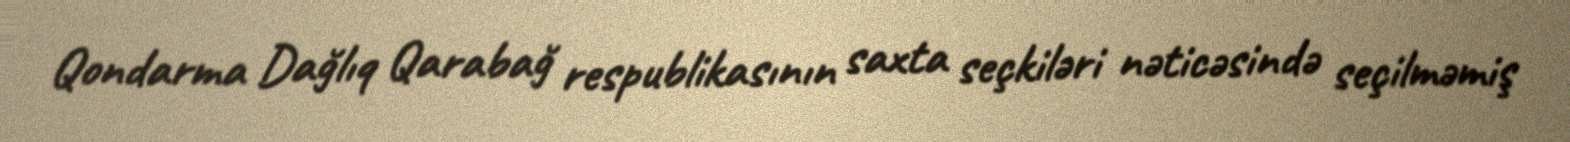
Qondarma Dağlıq Qarabağ respublikasının saxta seçkiləri nəticəsində seçilməmiş